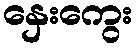
နှေးကွေး